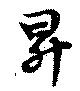
昇